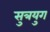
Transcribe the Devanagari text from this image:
सुत्रयुग